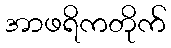
အာဖရိကတိုက်